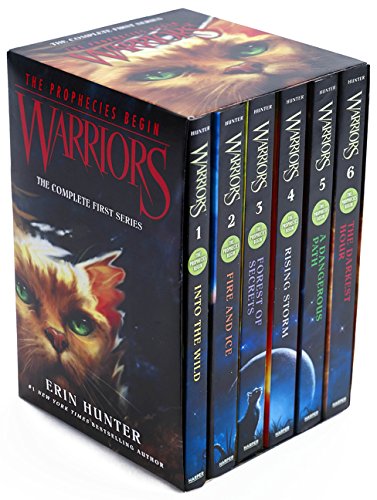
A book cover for Warriors Box Set: Volumes 1 to 6: The Complete First Series (Warriors: The Prophecies Begin); Erin Hunter; Children's Books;